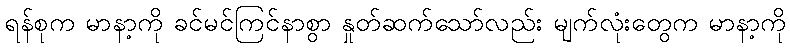
ရန်စုက မာနာ့ကို ခင်မင်ကြင်နာစွာ နှုတ်ဆက်သော်လည်း မျက်လုံးတွေက မာနာ့ကို